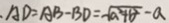
A D = A B - B D = \sqrt { a ^ { 2 } + b ^ { 2 } } - a